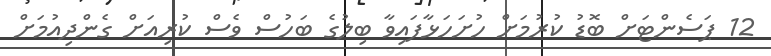
12 ޕަސެންޓަށް ބޮޑު ކުރުމަށް ހުށަހަޅާފައިވާ ބިލުގެ ބަހުސް ވެސް ކުރިއަށް ގެންދިއުމަށް